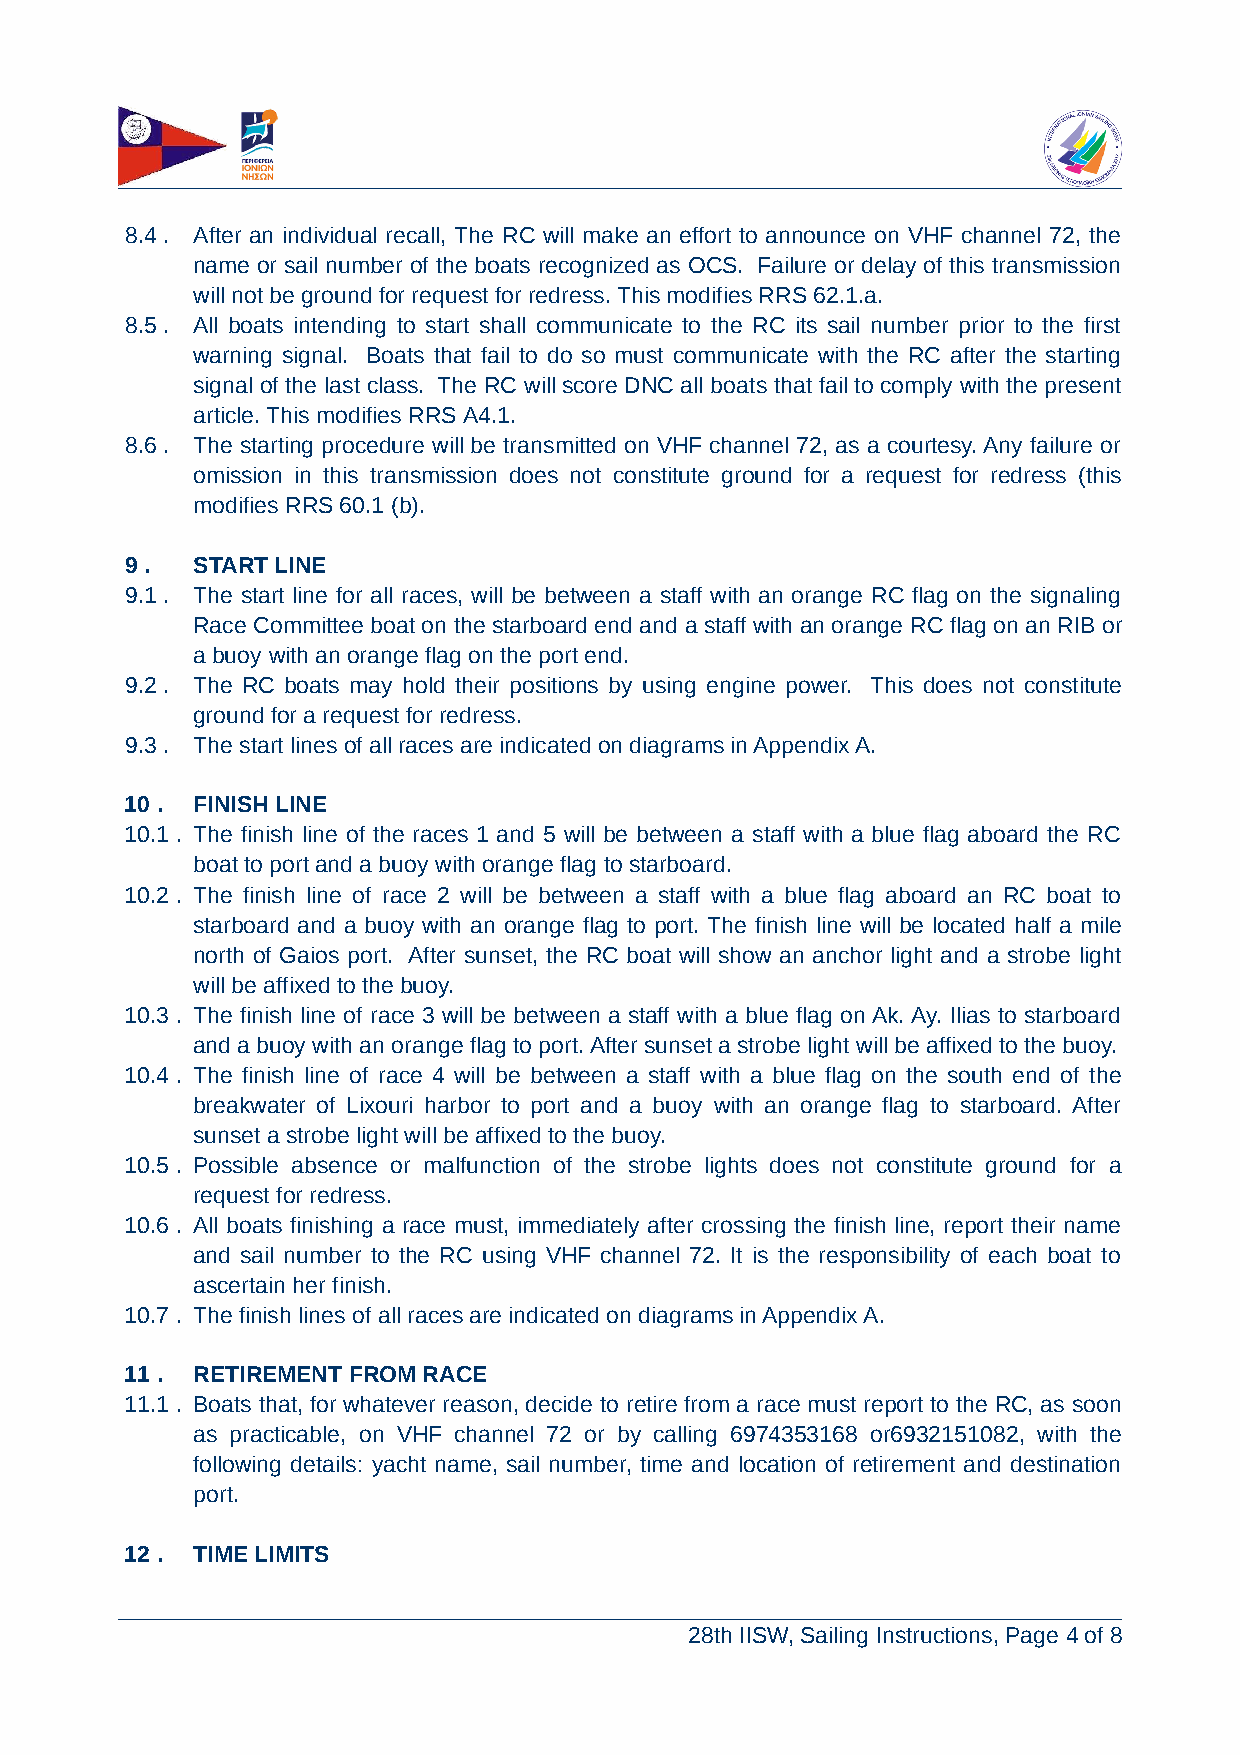
8.4 . After an individual recall, The RC will make an effort to announce on VHF channel 72, the
 name or sail number of the boats recognized as OCS. Failure or delay of this transmission
 will not be ground for request for redress. This modifies RRS 62.1.a.
 8.5 . All boats intending to start shall communicate to the RC its sail number prior to the first
 warning signal. Boats that fail to do so must communicate with the RC after the starting
 signal of the last class. The RC will score DNC all boats that fail to comply with the present
 article. This modifies RRS Α4.1.
 8.6 . The starting procedure will be transmitted on VHF channel 72, as a courtesy. Any failure or
 omission in this transmission does not constitute ground for a request for redress (this
 modifies RRS 60.1 (b).
 9 .  START LINE
 9.1 . The start line for all races, will be between a staff with an orange RC flag on the signaling
 Race Committee boat on the starboard end and a staff with an orange RC flag on an RIB or
 a buoy with an orange flag on the port end.
 9.2 . The RC boats may hold their positions by using engine power. This does not constitute
 ground for a request for redress.
 9.3 . The start lines of all races are indicated on diagrams in Appendix A.
 10 . FINISH LINE
 10.1 . The finish line of the races 1 and 5 will be between a staff with a blue flag aboard the RC
 boat to port and a buoy with orange flag to starboard.
 10.2 . The finish line of race 2 will be between a staff with a blue flag aboard an RC boat to
 starboard and a buoy with an orange flag to port. The finish line will be located half a mile
 north of Gaios port. After sunset, the RC boat will show an anchor light and a strobe light
 will be affixed to the buoy.
 10.3 . The finish line of race 3 will be between a staff with a blue flag on Ak. Ay. Ilias to starboard
 and a buoy with an orange flag to port. After sunset a strobe light will be affixed to the buoy.
 10.4 . The finish line of race 4 will be between a staff with a blue flag on the south end of the
 breakwater of Lixouri harbor to port and a buoy with an orange flag to starboard. After
 sunset a strobe light will be affixed to the buoy.
 10.5 . Possible absence or malfunction of the strobe lights does not constitute ground for a
 request for redress.
 10.6 . All boats finishing a race must, immediately after crossing the finish line, report their name
 and sail number to the RC using VHF channel 72. It is the responsibility of each boat to
 ascertain her finish.
 10.7 . The finish lines of all races are indicated on diagrams in Appendix A.
 11 . RETIREMENT FROM RACE
 11.1 . Boats that, for whatever reason, decide to retire from a race must report to the RC, as soon
 as practicable, on VHF channel 72 or by calling 6974353168 or6932151082, with the
 following details: yacht name, sail number, time and location of retirement and destination
 port.
 12 . TIME LIMITS
 28th IISW, Sailing Instructions, Page 4 of 8